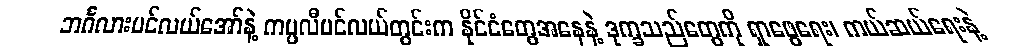
ဘင်္ဂလားပင်လယ်အော်နဲ့ ကပ္ပလီပင်လယ်တွင်းက နိုင်ငံတွေအနေနဲ့ ဒုက္ခသည်တွေကို ရှာဖွေရေး၊ ကယ်ဆယ်ရေးနဲ့